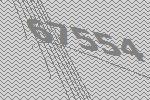
67554